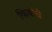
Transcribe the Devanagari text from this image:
किवीचे